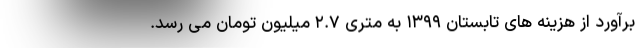
برآورد از هزینه های تابستان ۱۳۹۹ به متری ۲.۷ میلیون تومان می رسد.